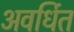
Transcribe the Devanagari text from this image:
अवर्धित